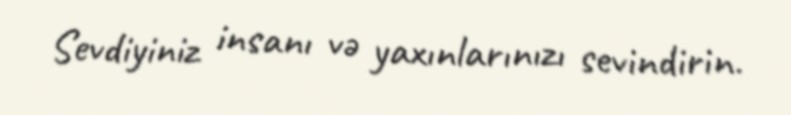
Sevdiyiniz insanı və yaxınlarınızı sevindirin.